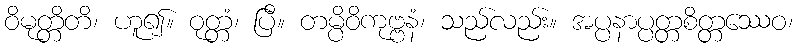
ဝိမုတ္တိတိ၊ ဟူ၍။ ဝုတ္တံ၊ ပြီ။ တမ္ပိဝိကုဗ္ဗနံ၊ သည်လည်း။ အပ္ပနာပ္ပတ္တစိတ္တဿေဝ၊